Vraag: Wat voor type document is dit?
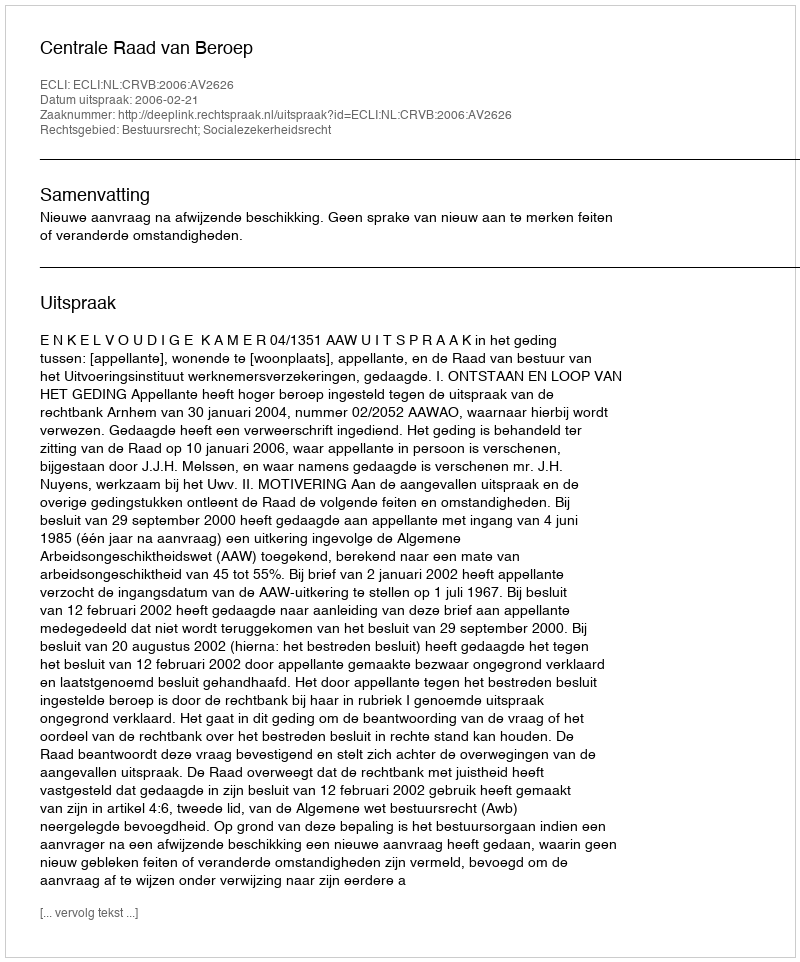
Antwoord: Uitspraak